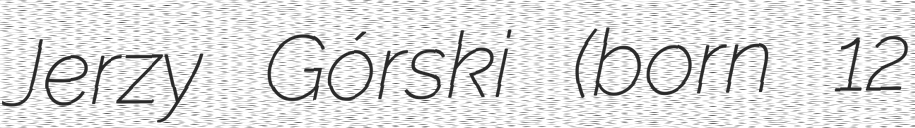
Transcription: Jerzy Górski (born 12